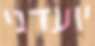
יועדני